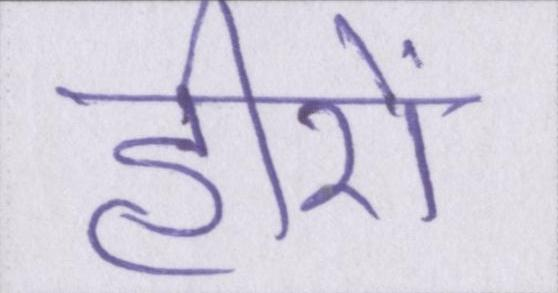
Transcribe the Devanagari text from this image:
हीरों